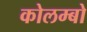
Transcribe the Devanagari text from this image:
कोलम्‍बो